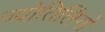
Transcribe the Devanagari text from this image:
ज्योतिलिंगों